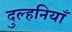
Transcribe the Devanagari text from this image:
दुल्हनियाँ